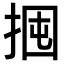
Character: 𢬼